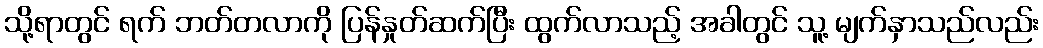
သို့ရာတွင် ရက် ဘတ်တလာကို ပြန်နှုတ်ဆက်ပြီး ထွက်လာသည့် အခါတွင် သူ့ မျက်နှာသည်လည်း